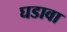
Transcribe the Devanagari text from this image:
घडावा